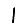
Digit: 1